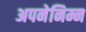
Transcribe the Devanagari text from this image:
अपनेनिम्न